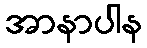
အာနာပါန